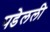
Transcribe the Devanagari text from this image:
पडेलली